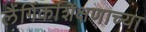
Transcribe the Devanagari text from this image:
लैंगिंकशिक्षणाच्या